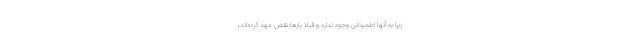
زیرا به آنها اطمینانی وجود ندارد و قبلاً بارها نقض عهد کرده‌اند،